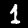
Digit: 1